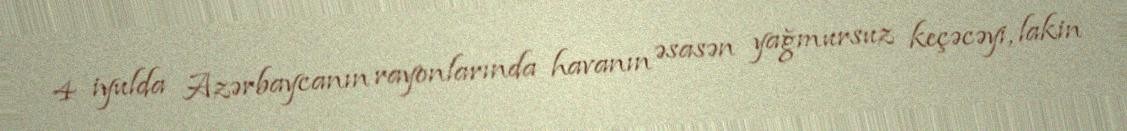
4 iyulda Azərbaycanın rayonlarında havanın əsasən yağmursuz keçəcəyi, lakin